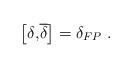
LaTeX: \begin{align*}\left[ \delta \mathrm{{,}\overline{\delta }}\right] =\delta _{FP}\;.\end{align*}